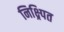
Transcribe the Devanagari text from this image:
निक्ष्र्पित